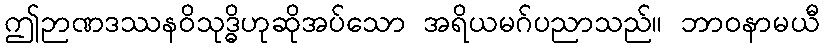
ဤဉာဏဒဿနဝိသုဒ္ဓိဟုဆိုအပ်သော အရိယမဂ်ပညာသည်။ ဘာဝနာမယီ